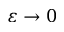
{ \varepsilon } \to 0